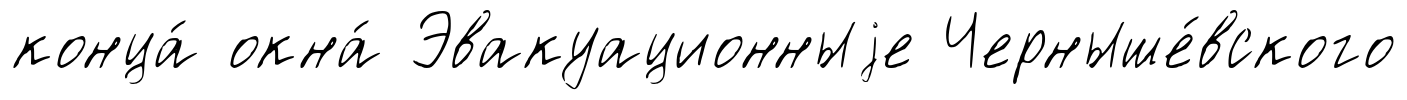
конца́ окна́ Эвакуационныjе Черныше́вского